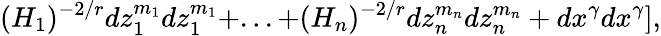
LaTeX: (H_{1})^{-2/r}dz_{1}^{m_{1}}dz_{1}^{m_{1}}+...+(H_{n})^{-2/r}dz_{n}^{m_{n}}dz_{n}^{m_{n}}+dx^{\gamma}dx^{\gamma}],